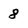
Character: 8